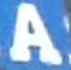
A